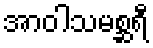
အာဝါသမစ္ဆရီ